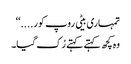
تمہاری بیٹی روپ کور....‘‘
وہ کچھ کہتے کہتے رُک گیا۔